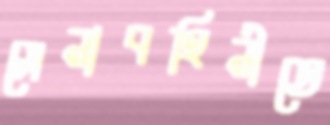
সেনাবহিনীতে